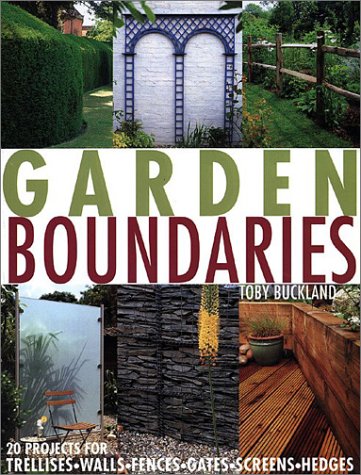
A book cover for Garden Boundaries: 20 Projects for Trellises, Walls, Fences, Gates, Screens, and Hedges; Toby Buckland; Crafts, Hobbies & Home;